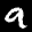
Label: 9